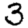
Digit: 3